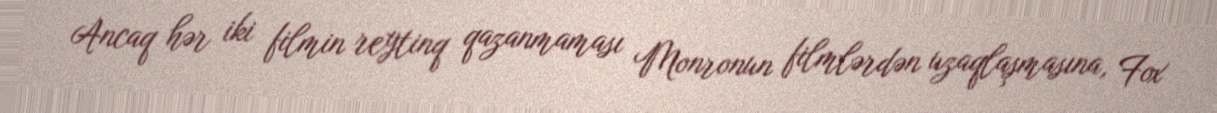
Ancaq hər iki filmin reytinq qazanmaması Monronun filmlərdən uzaqlaşmasına, Fox